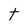
Character: t